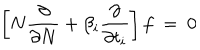
LaTeX: \left[ N { \frac { \partial } { \partial N } } + \beta _ { i } { \frac { \partial } { \partial t _ { i } } } \right] f \ = \ 0